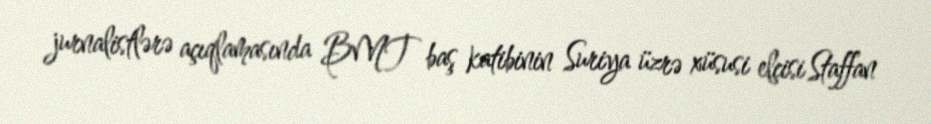
jurnalistlərə açıqlamasında BMT baş katibinin Suriya üzrə xüsusi elçisi Staffan